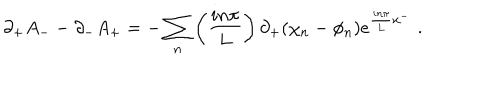
LaTeX: \partial _ { + } A _ { - } - \partial _ { - } A _ { + } = - \sum _ { n } \left( { \frac { i n \pi } { L } } \right) \partial _ { + } ( \chi _ { n } - \phi _ { n } ) e ^ { { \frac { i n \pi } { L } } x ^ { - } } \, \, .